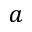
a